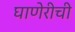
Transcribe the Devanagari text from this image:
घाणेरीची